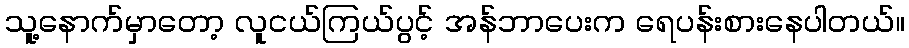
သူ့နောက်မှာတော့ လူငယ်ကြယ်ပွင့် အန်ဘာပေးက ရေပန်းစားနေပါတယ်။